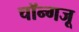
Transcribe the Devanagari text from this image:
चॉन्गजू